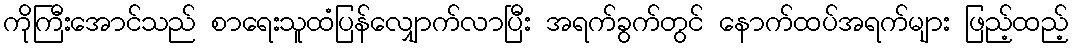
ကိုကြီးအောင်သည် စာရေးသူထံပြန်လျှောက်လာပြီး အရက်ခွက်တွင် နောက်ထပ်အရက်များ ဖြည့်ထည့်